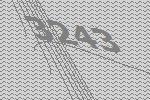
3243